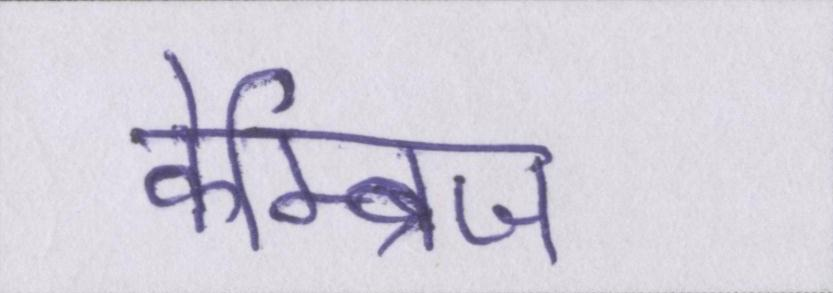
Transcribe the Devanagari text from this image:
केम्ब्रिज